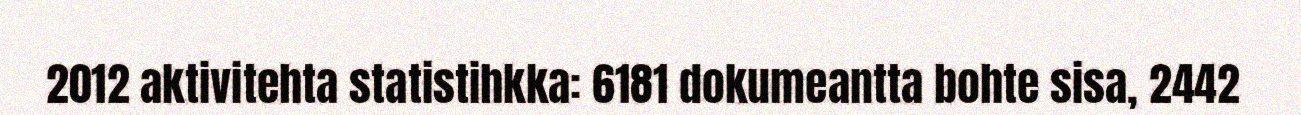
2012 aktivitehta statistihkka: 6181 dokumeantta bohte sisa, 2442